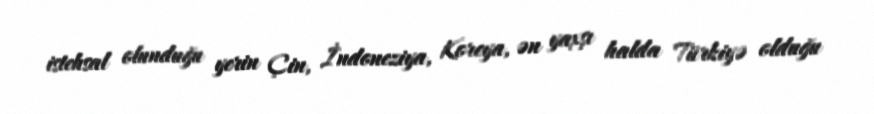
istehsal olunduğu yerin Çin, İndoneziya, Koreya, ən yaxşı halda Türkiyə olduğu